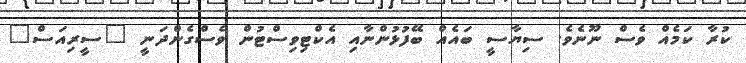
ކުރާ ކަމެއް ވެސް ނޫނެވެ. ސިޔާސީ ބައެއް ބޭފުޅުންނާއި އެކްޓިވިސްޓުން ވެސްގެންދަނީ "ސީރިއަސް"